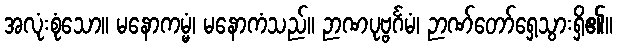
အလုံးစုံသော။ မနောကမ္မံ၊ မနောကံသည်။ ဉာဏပုဗ္ဗင်္ဂမံ၊ ဉာဏ်တော်ရှေ့သွားရှိ၏။